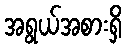
အရွယ်အစားရှိ